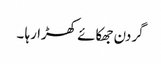
گردن جھکائے کھڑا رہا ۔